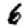
Digit: 6